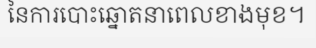
នៃការបោះឆ្នោតនាពេលខាងមុខ។